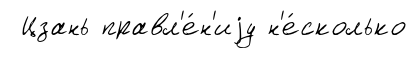
Цзань правл'е́н'иjу н'е́сколько